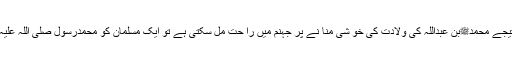
غورطلب بات یہ ہے کہ جب ابو لہب جیسے دشمن رسول، کا فر کو اپنے بھتیجے محمدﷺبن عبداللہ کی ولادت کی خو شی منا نے پر جہنم میں را حت مل سکتی ہے تو ایک مسلمان کو محمدرسول صلی اللہ علیہ والہ وسلم کی ولادت کی خوشی منانے پر بے پایا ں اجر کیوں نہیں ملے گا؟